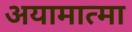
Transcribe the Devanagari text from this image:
अयामात्मा